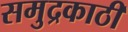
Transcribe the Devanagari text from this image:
समुद्रकाठी